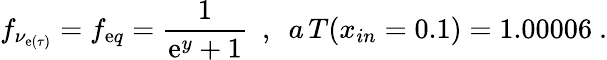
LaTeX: f_{\nu_{\mathrm{e}(\tau)}}=f_{\mathrm{e}q}=\frac{{1}}{{\mathrm{e}^{y}+1}}~~,~~a\, T(x_{in}=0.1)=1.00006~.